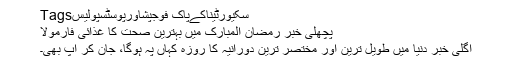
Tagsسکیورٹیناکےپاک فوجپشاورپوسٹسپولیس
پچھلی خبر رمضان المبارک میں بہترین صحت کا غذائی فارمولا
اگلی خبر دنیا میں طویل ترین اور مختصر ترین دورانیہ کا روزہ کہاں پہ ہوگا، جان کر آپ بھی۔